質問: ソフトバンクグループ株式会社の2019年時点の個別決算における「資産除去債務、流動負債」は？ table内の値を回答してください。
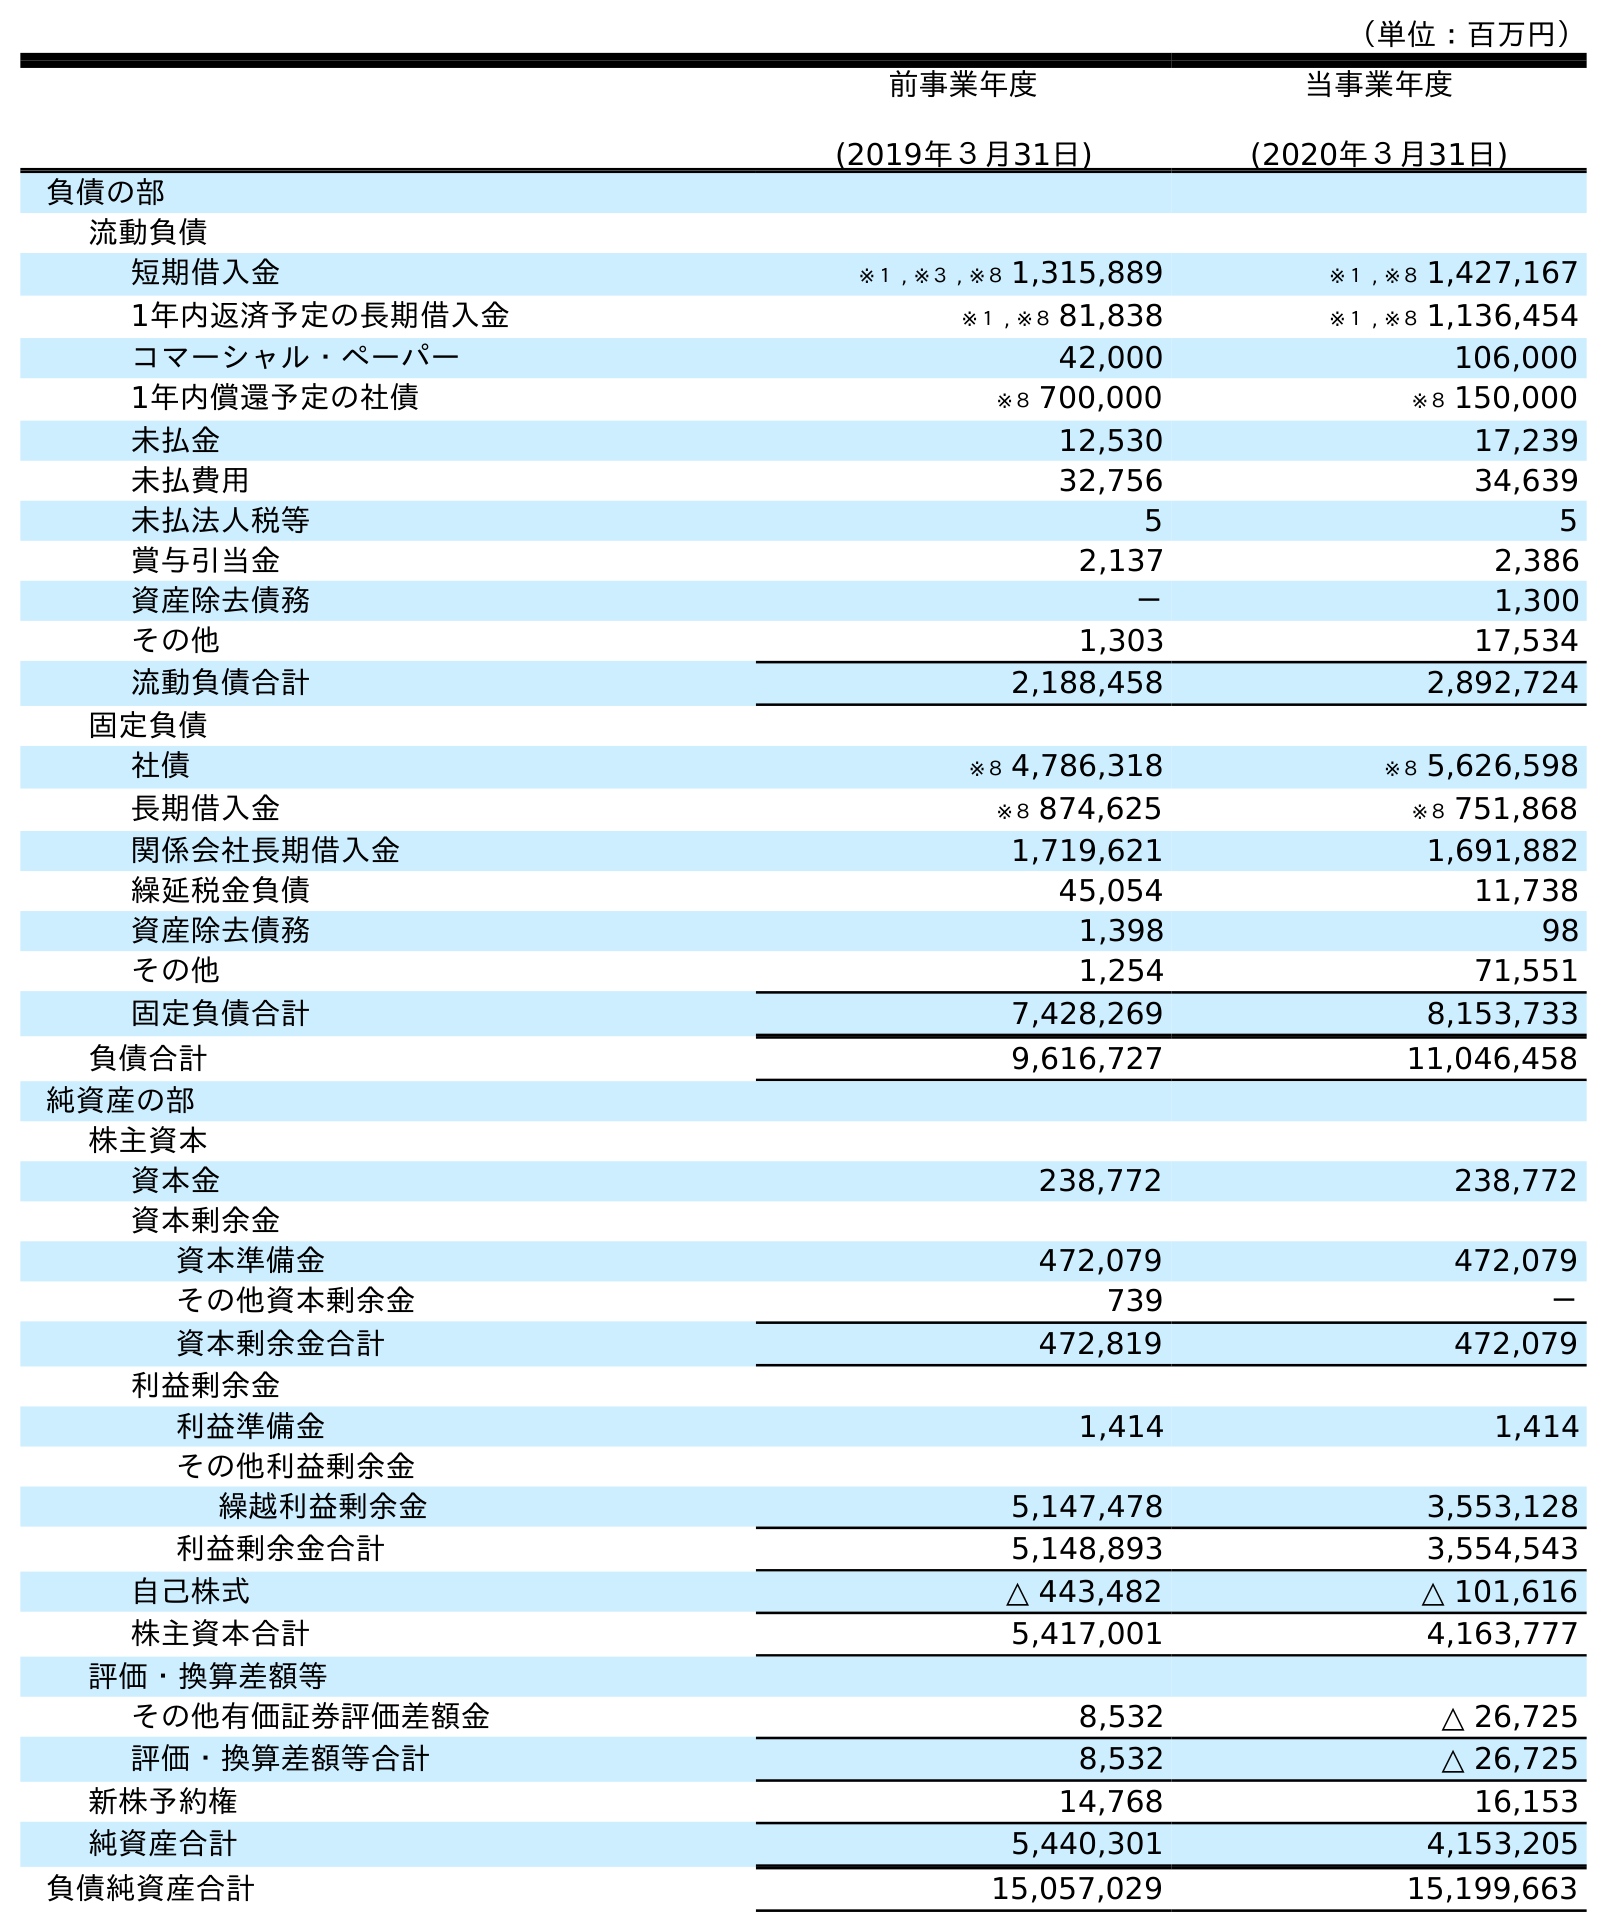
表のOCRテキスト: （単位：百万円） 前事業年度 (2019年３月31日) 当事業年度 (2020年３月31日) 負債の部 流動負債 短期借入金 ※１ , ※３ , ※８ 1,315,889 ※１ , ※８ 1,427,167 1年内返済予定の長期借入金 ※１ , ※８ 81,838 ※１ , ※８ 1,136,454 コマーシャル・ペーパー 42,000 106,000 1年内償還予定の社債 ※８ 700,000 ※８ 150,000 未払金 12,530 17,239 未払費用 32,756 34,639 未払法人税等 5 5 賞与引当金 2,137 2,386 資産除去債務 － 1,300 その他 1,303 17,534 流動負債合計 2,188,458 2,892,724 固定負債 社債 ※８ 4,786,318 ※８ 5,626,598 長期借入金 ※８ 874,625 ※８ 751,868 関係会社長期借入金 1,719,621 1,691,882 繰延税金負債 45,054 11,738 資産除去債務 1,398 98 その他 1,254 71,551 固定負債合計 7,428,269 8,153,733 負債合計 9,616,727 11,046,458 純資産の部 株主資本 資本金 238,772 238,772 資本剰余金 資本準備金 472,079 472,079 その他資本剰余金 739 － 資本剰余金合計 472,819 472,079 利益剰余金 利益準備金 1,414 1,414 その他利益剰余金 繰越利益剰余金 5,147,478 3,553,128 利益剰余金合計 5,148,893 3,554,543 自己株式 △ 443,482 △ 101,616 株主資本合計 5,417,001 4,163,777 評価・換算差額等 その他有価証券評価差額金 8,532 △ 26,725 評価・換算差額等合計 8,532 △ 26,725 新株予約権 14,768 16,153 純資産合計 5,440,301 4,153,205 負債純資産合計 15,057,029 15,199,663
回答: －